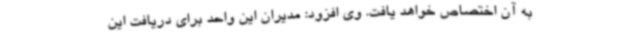
به آن اختصاص خواهد یافت. وی افزود: مدیران این واحد برای دریافت این